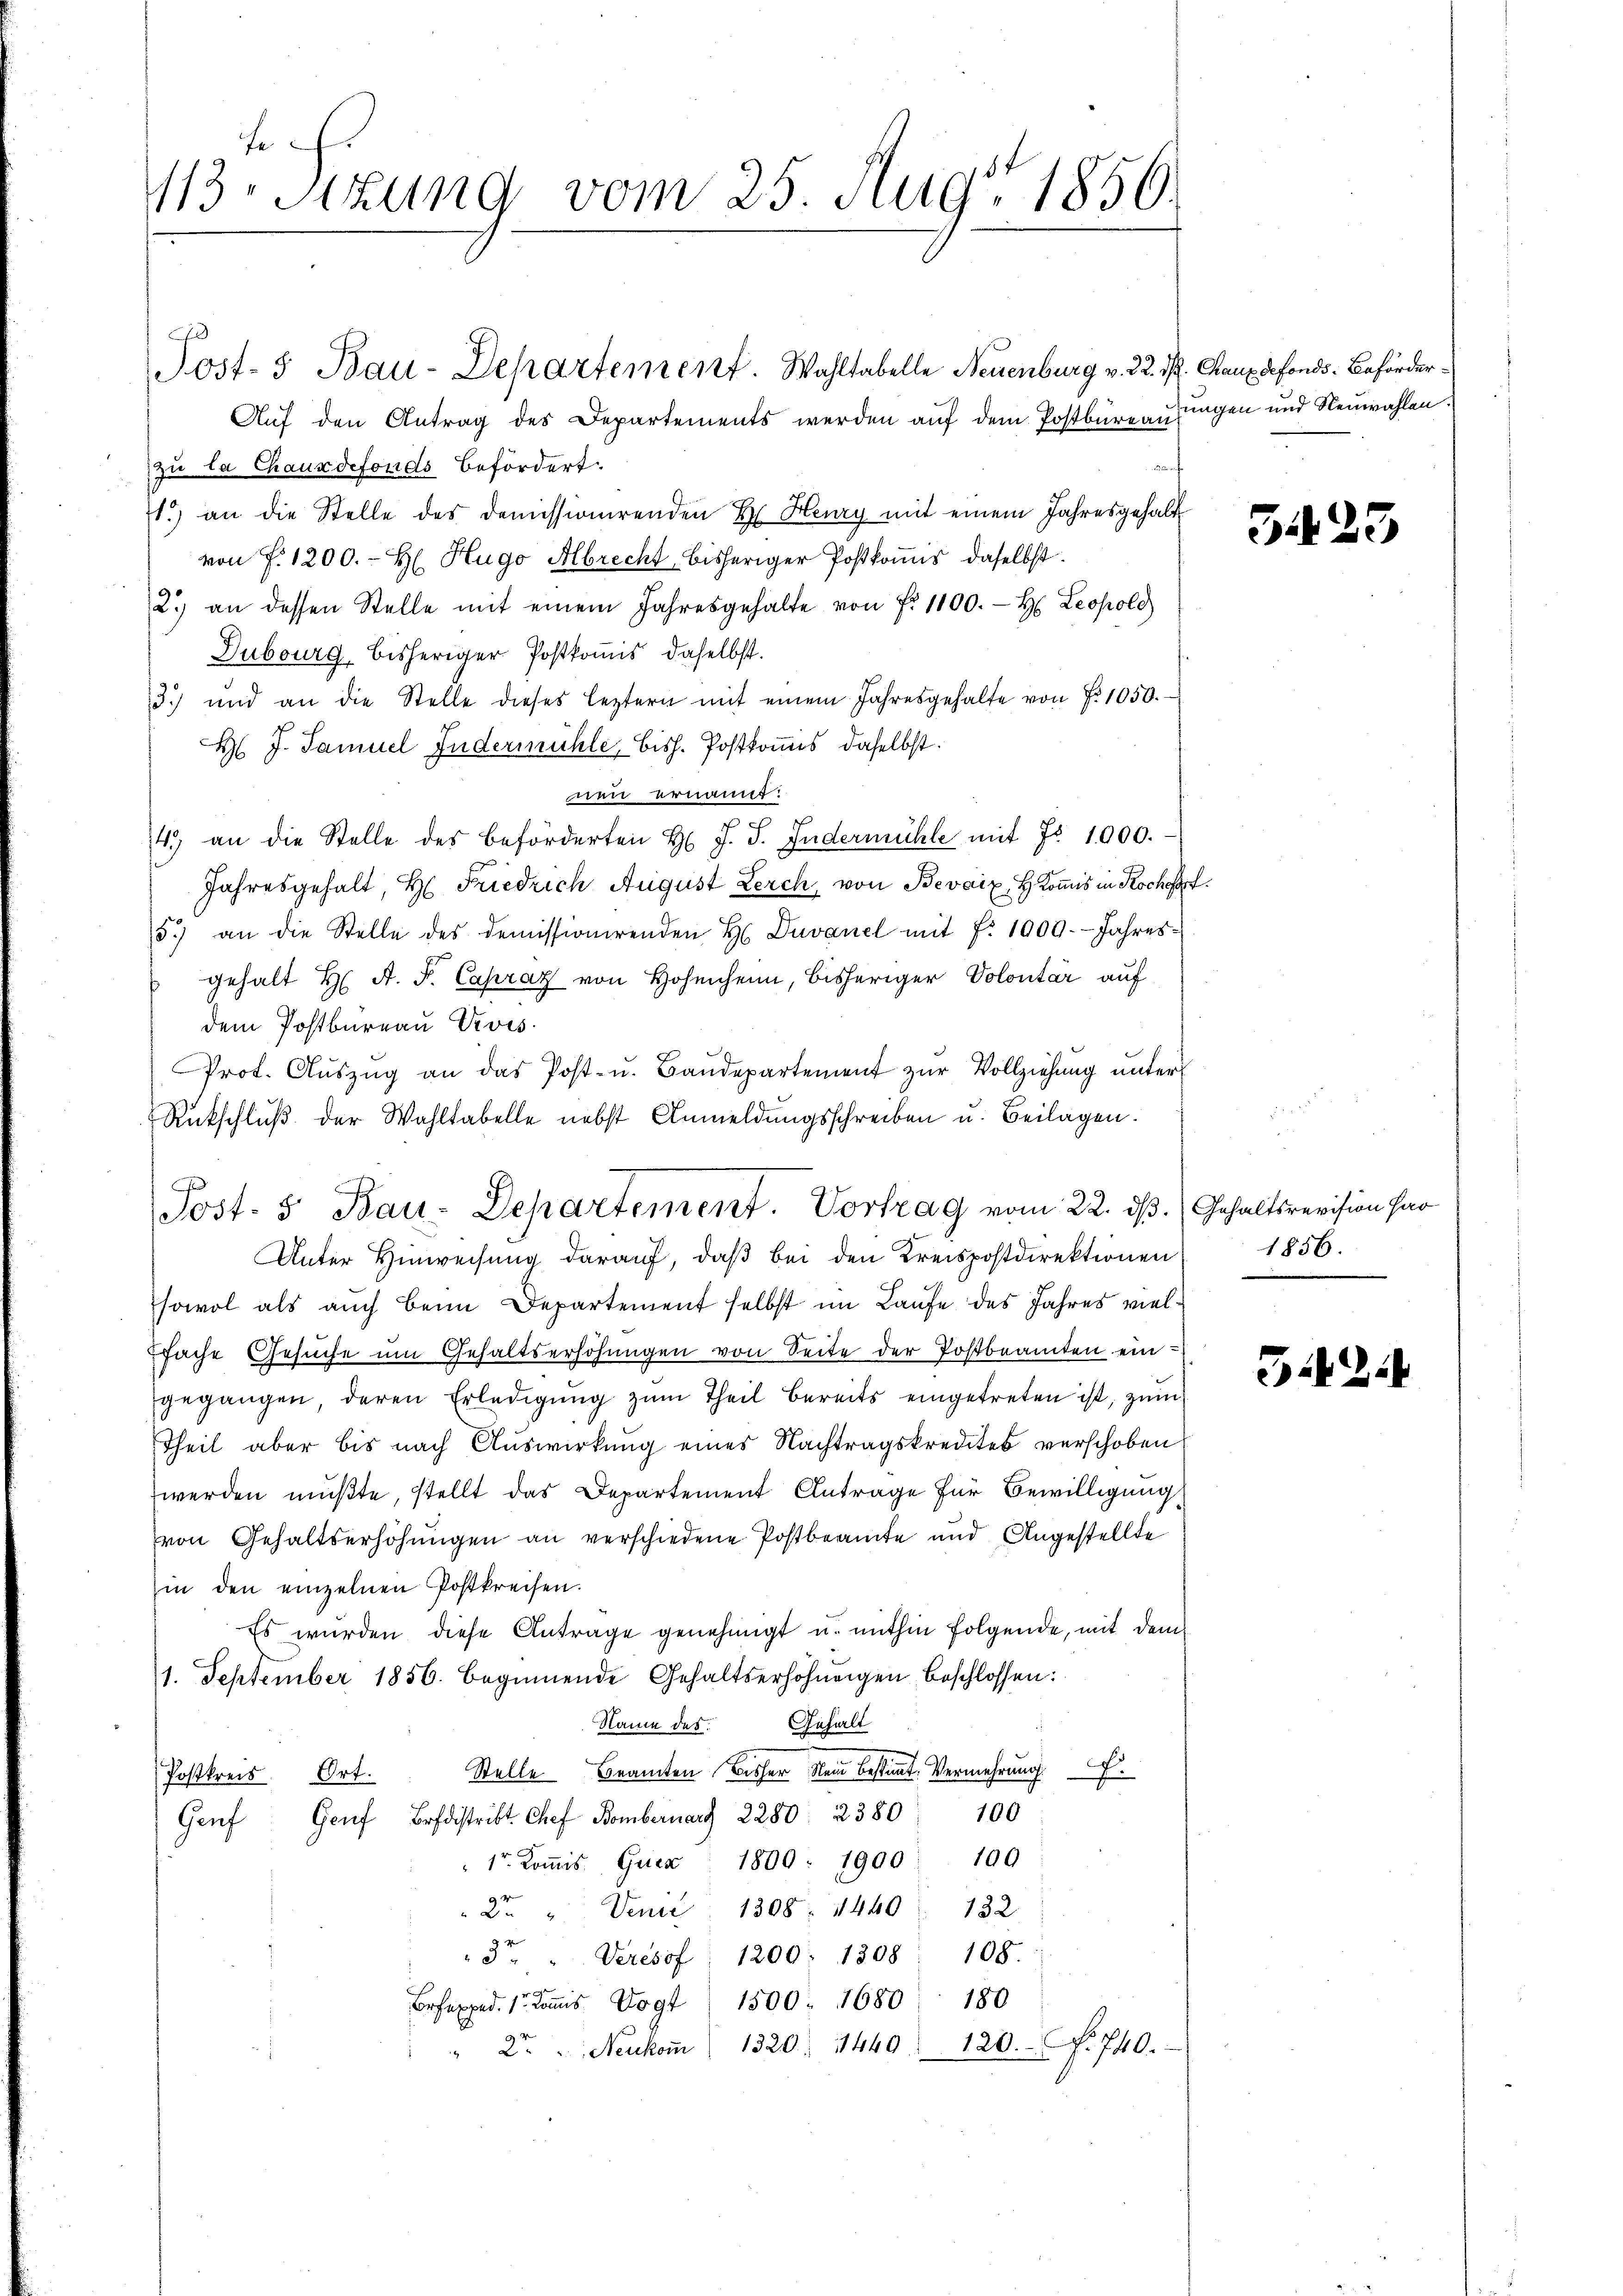
fe
113. Sitzung vom 25. Aug. 1856.

Post- & Bau-Departement. Wahltabelle Neuenburg v. 22. d. Kauz defonds. Beförder¬
Auf den Antrag des Departements werden auf dem Postbüren ungen und Neuwahlen.
and
zu la Chauxdefonds befördert
1.) an die Stelle des demissionirenden H. Henry mit einem Jahresgehalt
von f. 1200. - H. Hugo Albrecht, bisheriger Postkomis daselbst.
2.) an dessen Stelle mit einem Jahresgehalte von fr. 1100. H. Leopold
Dubourg, bisheriger Postkomis, daselbst.
3) und an die Stelle dieses leztern mit einem Jahresgehalte von No 1050.
H J. Samuel Indermühle, bish. Postkommes, daselbst.
wen ernannt:
7
4) an die Stelle des beförderten H. J. J. Indermühle mit Fr. 1000.
Jahresgehalt, H. Friedrich August Lerch, von Bevaix HKomis in Rochofst
5.) an die Stelle des demissionirenden H Duvanel mit f. 1000. Jahresgehalt H. A. F. Capraz von Hohenheim, bisheriger Volontär auf
dem Postbureau Revis
Prot. Aŭszŭg an das Post- u. Baŭdepartement zŭr Vollziehŭng ŭnter
Rückschlŭβ der Wahltabelle nebst Anmeldŭngsschreiben u. Beilagen.
Unter Hinweisung darauf, daß bei den Kreispostdirektionen
sowol als auch beim Departement selbst im Laufe des Jahres vielfache Gesuche um Gehaltserhöhungen von Seite der Postbeamten eingegangen, deren Erledigŭng zŭm Theil bereits eingetreten ist, zum
Theil aber bis nach Auswirkung eines Nachtragskredites verschoben
werden müßte, stellt das Departement Antrage für Bewilligung
von Gehaltserhöhungen an verschiedene Postbeamte und Angestellte
in den einzelnen Postkreisen.
Es wurden diese Antrage genehmigt u. mithin folgende, mit dem
1. September 1856. beginnende Gehaltserhöhŭngen beschlossen:
Name des Gehalt
Stelle Beamten bisher kein bestimmt. Vermehrung
Postkreis. Ort.
Genf Genf Bodistrikt Chef Bombernarg 2280. 2380 " 100
1r. Koṁis. Guca 1800. 1900 : 100
2. " Venić 1308. 1440. 132
3t. " Veresof 1200. 1308. 108.
Brexped. 1. Kamis Vogt 1500. 1680 180
2.  Neukoṁ (1320. 1440. 120. No. 740.

Post- 5. Bau-Departement. Vortrag vom 22. dß. Gehaltsrevision har

b

3.425

1856.

342.